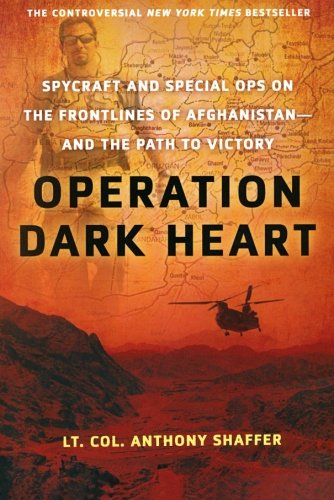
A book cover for Operation Dark Heart: Spycraft and Special Ops on the Frontlines of Afghanistan -- and The Path to Victory; Anthony Shaffer; History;